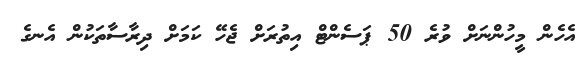
އެހެން މީހުންނަށް ވުރެ 50 ޕަސެންޓް އިތުރަށް ޖެހޭ ކަމަށް ދިރާސާތަކުން އެނގެ